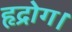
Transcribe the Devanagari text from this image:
हृद्रोग।